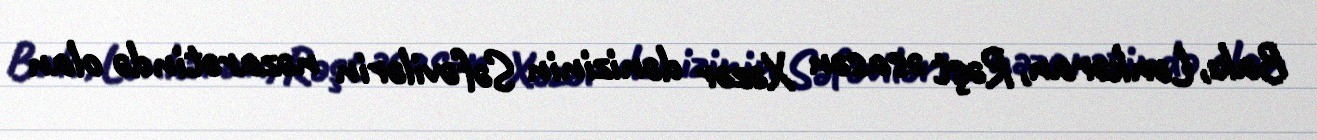
Bakı, Lənkəran, Rəşt əsasən Xəzər dənizinin Səfəvilərin nəzarətində olan